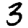
Digit: 3